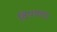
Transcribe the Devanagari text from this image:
विपथगा।